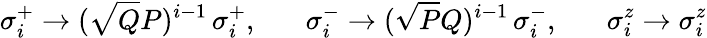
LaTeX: \sigma_{i}^{+}\rightarrow(\sqrt{Q}{P})^{i-1}\, \sigma_{i}^{+},\; \; \; \; \; \; \sigma_{i}^{-}\rightarrow(\sqrt{P}{Q})^{i-1}\, \sigma_{i}^{-},\; \; \; \; \; \; \sigma_{i}^{z}\rightarrow\sigma_{i}^{z}